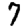
Digit: 7